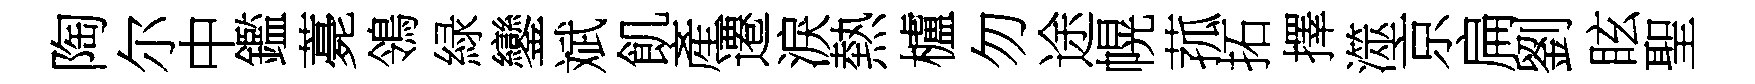
陶尔中鑑薧鴒緑鑾斌飢產遷淚熱櫨勿途幌菰拓擇澨京扁劉眩聖